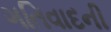
ગતિવાદની